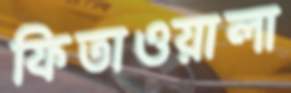
ফিতাওয়ালা